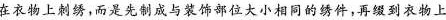
在衣物上制，而是先制成与装饰部位大小相同的绣件，再缓到衣物上